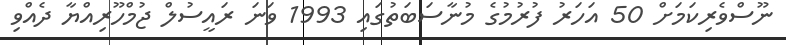
ނޫސްވެރިކަމަށް 50 އަހަރު ފުރުމުގެ މުނާސަބަތުގައި 1993 ވަނަ ރައީސުލް ޖުމްހޫރިއްޔާ ދެއްވި